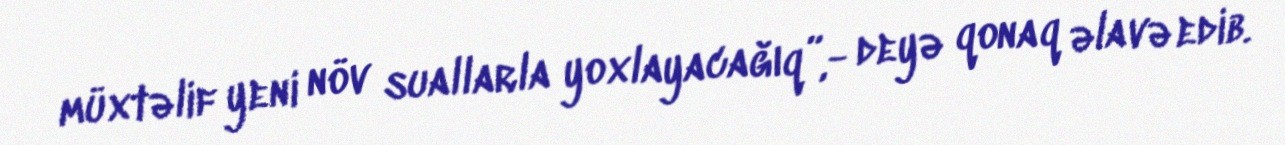
müxtəlif yeni növ suallarla yoxlayacağıq”,- deyə qonaq əlavə edib.